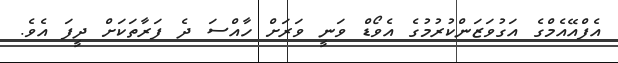
އެފްއޭއެމްގެ އަގުވަޒަންކުރުމުގެ އެވޯޑް ވަނީ ވަރަށް ހާއްސަ ދެ ފަރާތަކަށް ދީފަ އެވެ.